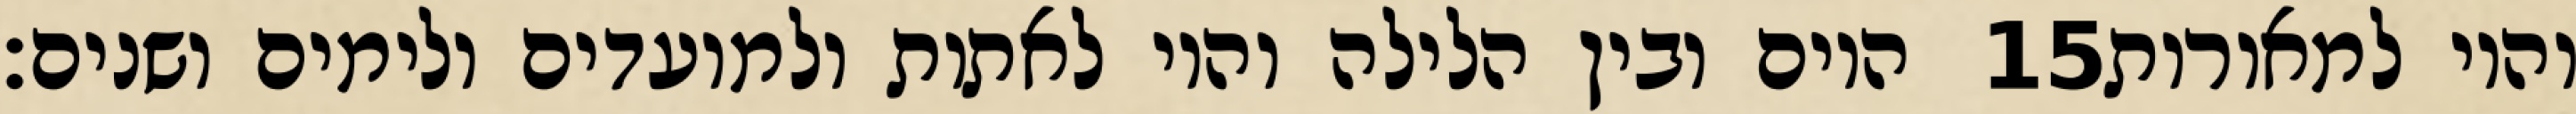
היום ובין הלילה והיו לאתות ולמועדים ולימים ושנים׃ ‎15‏ והיו למאורות